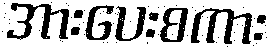
အားပေးစကား